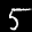
Label: 5